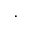
.